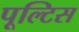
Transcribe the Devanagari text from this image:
पूल्टिस